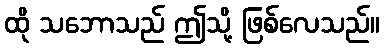
ထို သဘောသည် ဤသို့ ဖြစ်လေသည်။